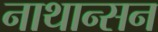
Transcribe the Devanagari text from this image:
नाथान्सन